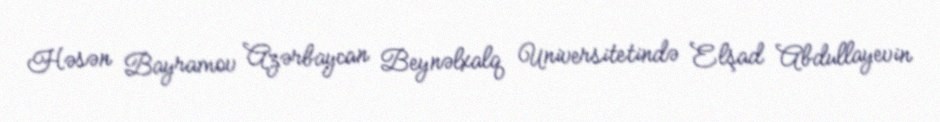
Həsən Bayramov Azərbaycan Beynəlxalq Universitetində Elşad Abdullayevin